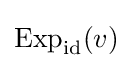
\operatorname {Exp} _{\rm {id}}(v)